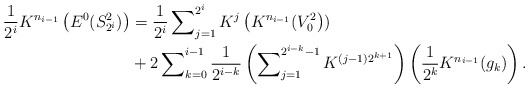
\begin{align*}\frac{1}{2^{i}}K^{n_{i-1}}\left( E^{0}(S_{2^{i}}^{2})\right) & =\frac{1}{2^{i}}\sum\nolimits_{j=1}^{2^{i}}K^{j}\left( K^{n_{i-1}}(V_{0}^{2}\right) )\\& +2\sum\nolimits_{k=0}^{i-1}\frac{1}{2^{i-k}}\left( \sum\nolimits_{j=1}^{2^{i-k}-1}K^{(j-1)2^{k+1}}\right) \left( \frac{1}{2^{k}}K^{n_{i-1}}(g_{k})\right) .\end{align*}